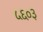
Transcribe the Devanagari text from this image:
५६०३